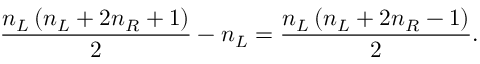
\frac { n _ { L } \left( n _ { L } + 2 n _ { R } + 1 \right) } 2 - n _ { L } = \frac { n _ { L } \left( n _ { L } + 2 n _ { R } - 1 \right) } 2 .